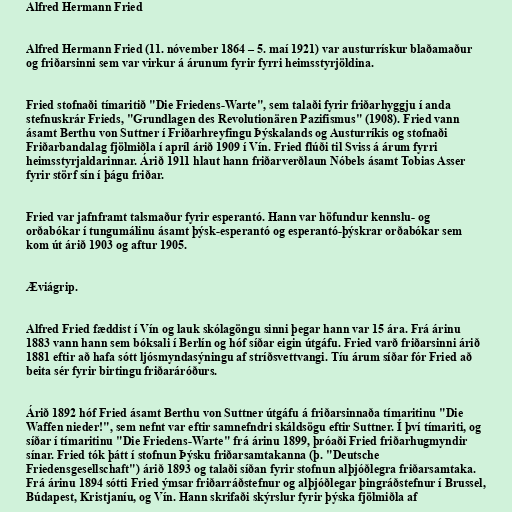
Alfred Hermann Fried

Alfred Hermann Fried (11. nóvember 1864 – 5. maí 1921) var austurrískur blaðamaður
og friðarsinni sem var virkur á árunum fyrir fyrri heimsstyrjöldina.

Fried stofnaði tímaritið "Die Friedens-Warte", sem talaði fyrir friðarhyggju í anda
stefnuskrár Frieds, "Grundlagen des Revolutionären Pazifismus" (1908). Fried vann
ásamt Berthu von Suttner í Friðarhreyfingu Þýskalands og Austurríkis og stofnaði
Friðarbandalag fjölmiðla í apríl árið 1909 í Vín. Fried flúði til Sviss á árum fyrri
heimsstyrjaldarinnar. Árið 1911 hlaut hann friðarverðlaun Nóbels ásamt Tobias Asser
fyrir störf sín í þágu friðar.

Fried var jafnframt talsmaður fyrir esperantó. Hann var höfundur kennslu- og
orðabókar í tungumálinu ásamt þýsk-esperantó og esperantó-þýskrar orðabókar sem
kom út árið 1903 og aftur 1905.

Æviágrip.

Alfred Fried fæddist í Vín og lauk skólagöngu sinni þegar hann var 15 ára. Frá árinu
1883 vann hann sem bóksali í Berlín og hóf síðar eigin útgáfu. Fried varð friðarsinni árið
1881 eftir að hafa sótt ljósmyndasýningu af stríðsvettvangi. Tíu árum síðar fór Fried að
beita sér fyrir birtingu friðaráróðurs.

Árið 1892 hóf Fried ásamt Berthu von Suttner útgáfu á friðarsinnaða tímaritinu "Die
Waffen nieder!", sem nefnt var eftir samnefndri skáldsögu eftir Suttner. Í því tímariti, og
síðar í tímaritinu "Die Friedens-Warte" frá árinu 1899, þróaði Fried friðarhugmyndir
sínar. Fried tók þátt í stofnun Þýsku friðarsamtakanna (þ. "Deutsche
Friedensgesellschaft") árið 1893 og talaði síðan fyrir stofnun alþjóðlegra friðarsamtaka.
Frá árinu 1894 sótti Fried ýmsar friðarráðstefnur og alþjóðlegar þingráðstefnur í Brussel,
Búdapest, Kristjaníu, og Vín. Hann skrifaði skýrslur fyrir þýska fjölmiðla af